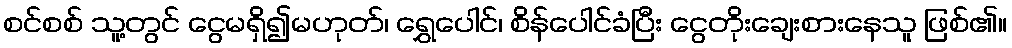
စင်စစ် သူ့တွင် ငွေမရှိ၍မဟုတ်၊ ရွှေပေါင်၊ စိန်ပေါင်ခံပြီး ငွေတိုးချေးစားနေသူ ဖြစ်၏။